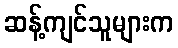
ဆန့်ကျင်သူများက